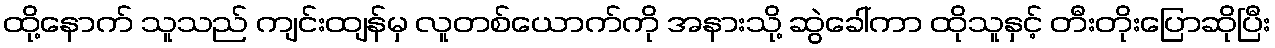
ထို့နောက် သူသည် ကျင်းထျန်မှ လူတစ်ယောက်ကို အနားသို့ ဆွဲခေါ်ကာ ထိုသူနှင့် တီးတိုးပြောဆိုပြီး